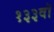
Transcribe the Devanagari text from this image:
१३३वॉ